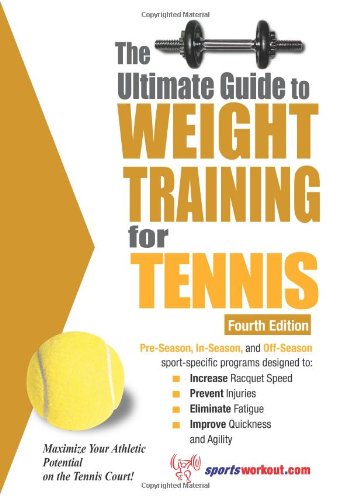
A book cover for The Ultimate Guide to Weight Training for Tennis (Ultimate Guide to Weight Training: Tennis); Rob Price; Sports & Outdoors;